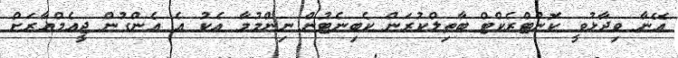
އޭނާ ވިދާޅުވީ ކޮންޓްރެކްޓް ބާތިލްކުރަން ކެބިނެޓުން ނިންމުމާ އެކު އެ އެންގުން ޖީއެމްއާރަށް